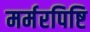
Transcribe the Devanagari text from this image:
मर्मरपिष्टि